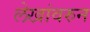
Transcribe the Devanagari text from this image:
लेखांवरुन